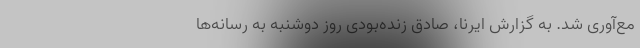
مع‌آوری شد. به گزارش ایرنا، صادق زنده‌بودی روز دوشنبه به رسانه‌ها